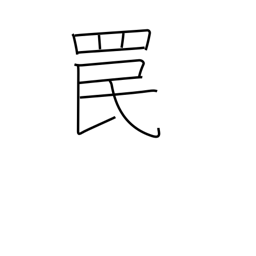
Meaning: snare